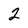
Character: 2